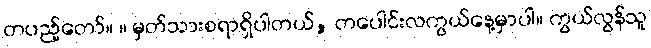
တပည့်တော်။ ။ မှတ်သားစရာရှိပါတယ်, တပေါင်းလကွယ်နေ့မှာပါ။ ကွယ်လွန်သူ